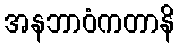
အနဘာဝံကတာနိ